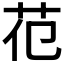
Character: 𦬳